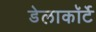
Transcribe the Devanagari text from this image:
डेलाकॉर्टे